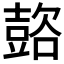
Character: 𲂞